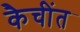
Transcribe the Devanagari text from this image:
कैचींत